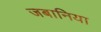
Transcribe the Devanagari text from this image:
जबानिया